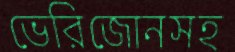
ভেরিজোনসহ